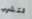
لتشرب